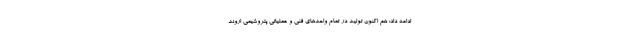
ادامه داد: هم اکنون تولید در تمام واحدهای فنی و عملیاتی پتروشیمی اروند